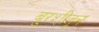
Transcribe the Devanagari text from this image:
बुरशीतून